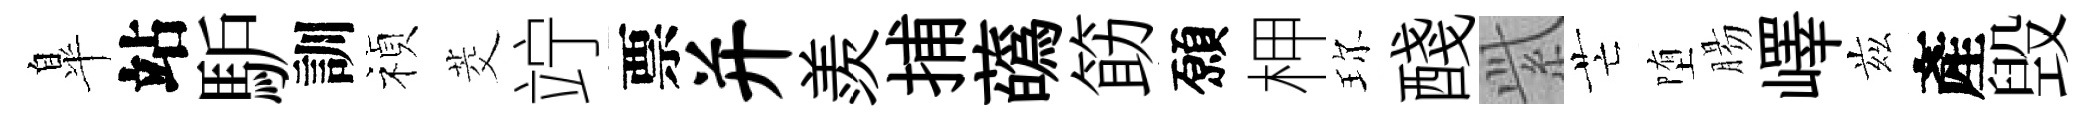
臯站馿訓禎茭竚票并羨捕蘤筯願柙珎醆𬗋芒堕腸嶧兹產毁